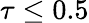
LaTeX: \tau\leq 0.5